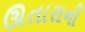
ઊતારાની